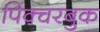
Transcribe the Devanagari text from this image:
पिक्चरबुक